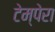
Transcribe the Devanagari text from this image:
टेम्पेरा